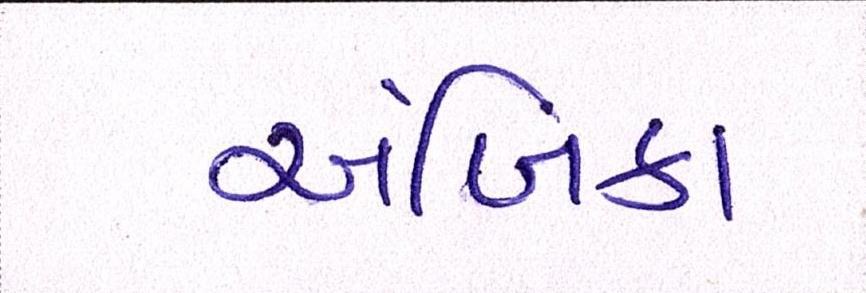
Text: અંબિકા